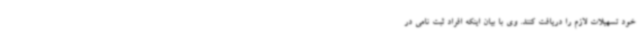
خود تسهیلات لازم را دریافت کنند. وی با بیان اینکه افراد ثبت نامی در